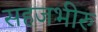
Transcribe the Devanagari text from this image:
सहजभीरु